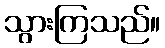
သွားကြသည်။